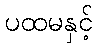
ပထမနှင့်